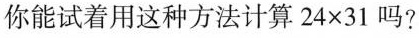
你能试着用这种方法计算 $$2 4 \times 3 1$$ 吗?